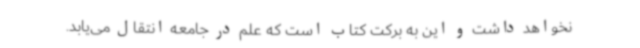
نخواهد داشت و این به برکت کتاب است که علم در جامعه انتقال می‌یابد.